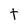
Character: t